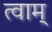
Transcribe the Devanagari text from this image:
त्वाम्